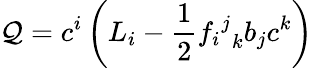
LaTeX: \mathcal{Q}=c^{i}\left(L_{i}-{\frac{{1}}{{2}}}{{f_{i}}^{j}}_{k}b_{j}c^{k}\right)